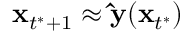
\mathbf x _ { t ^ { * } + 1 } \approx \mathbf { \hat { y } } ( \mathbf x _ { t ^ { * } } )